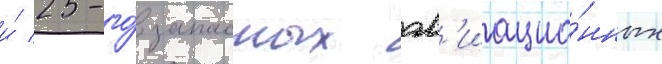
и́ 25-го́ запасных ав'иацио́нных